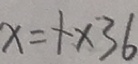
x = 1 \times 3 6